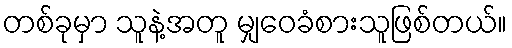
တစ်ခုမှာ သူနဲ့အတူ မျှဝေခံစားသူဖြစ်တယ်။